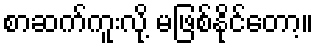
စာဆက်ကူးလို့ မဖြစ်နိုင်တော့။